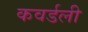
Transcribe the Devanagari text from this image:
कवर्डली